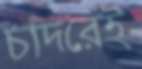
চাদরেই